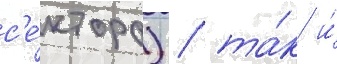
с'е́ктора) / та́к и́